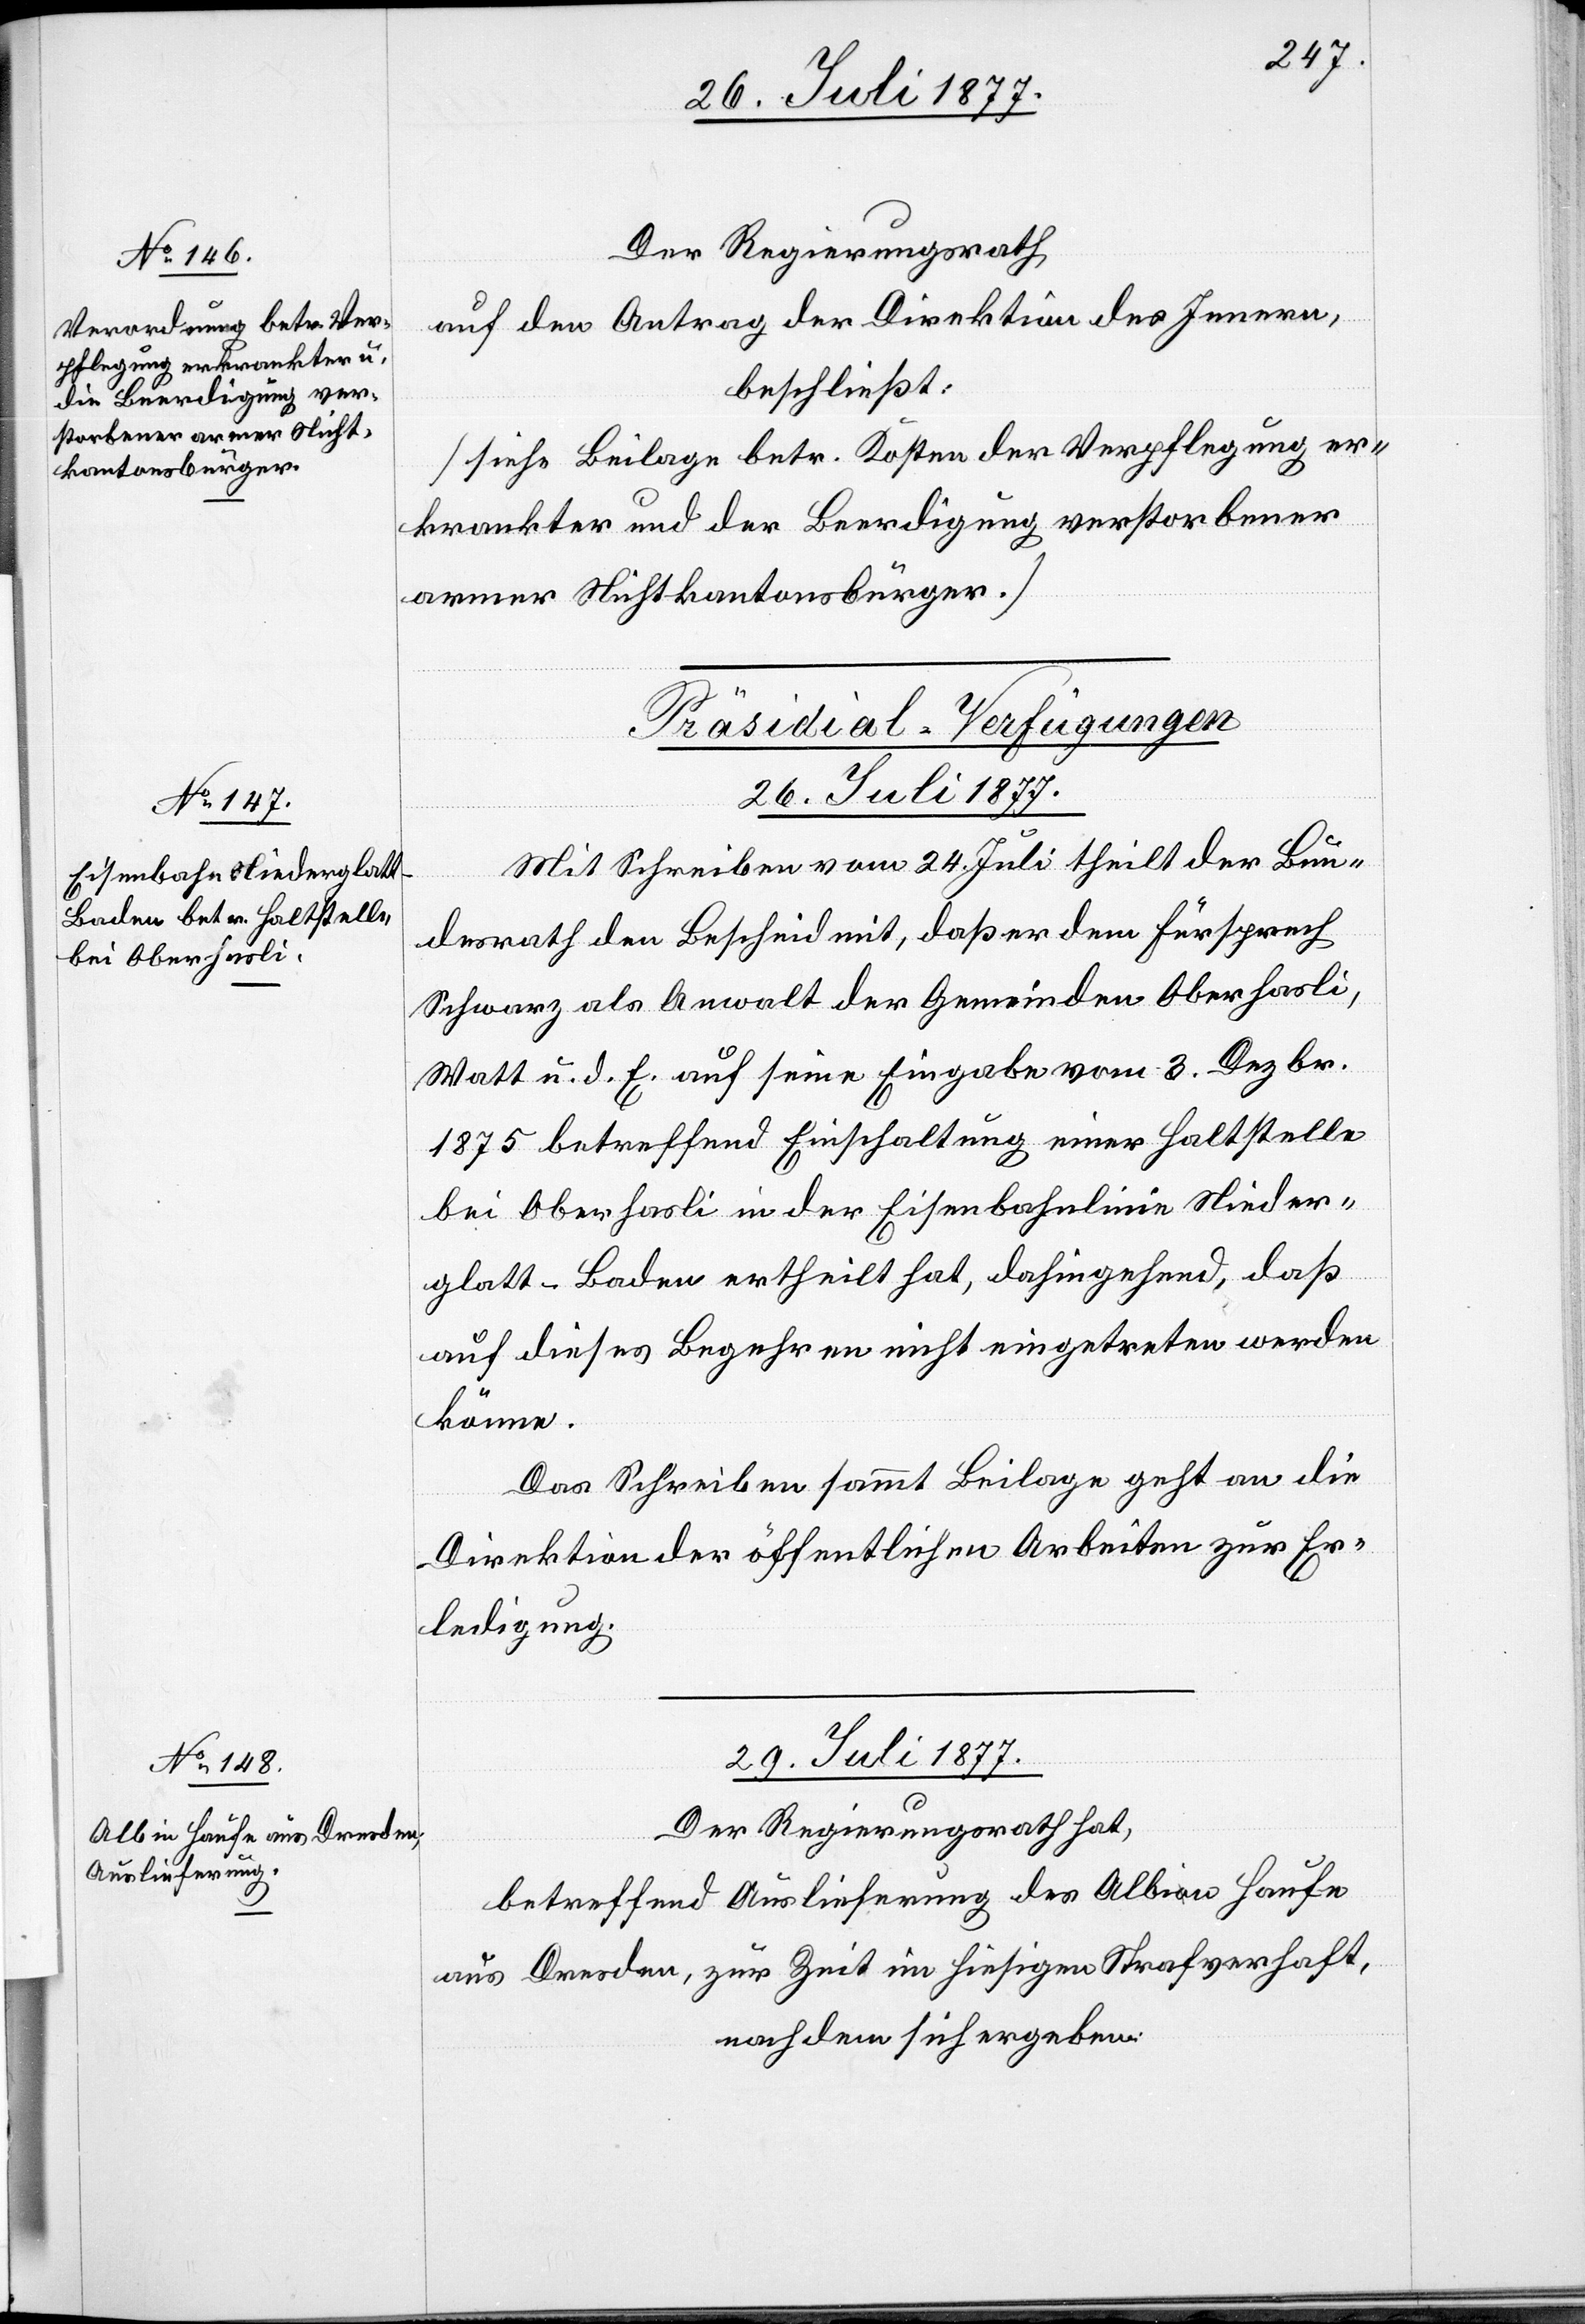
Der Regierungsrath
auf den Antrag der Direktion des Innern,
beschließt:
[siehe Beilage betr. Kosten der Verpflegung er¬
krankter und der Beerdigung verstorbener
armer Nichtkantonsbürger.]
[Präsidial-Verfügungen]
26. Juli 1877.
Mit Schreiben vom 24. Juli theilt der Bun¬
desrath den Bescheid mit, daß [recte: den] er dem Fürsprech
Schwarz als Anwalt der Gemeinden Oberhasli,
Watt u. d. E. auf seine Eingabe vom 3. Dezbr.
1875 betreffend Einschaltung einer Haltstelle
bei Oberhasli in der Eisenbahnlinie Nieder¬
glatt–Baden ertheilt hat, dahingehend, daß
auf dieses Begehren nicht eingetreten werden
könne.
Das Schreiben sammt Beilage geht an die
Direktion der öffentlichen Arbeiten zur Er¬
ledigung.
29. Juli 1877.
Der Regierungsrath hat,
betreffend Auslieferung des Albia-o-an Haufe
aus Dresden, zur Zeit im hiesigen Strafverhaft,
nachdem sich ergeben: